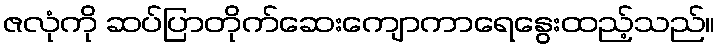
ဇလုံကို ဆပ်ပြာတိုက်ဆေးကျောကာရေနွေးထည့်သည်။